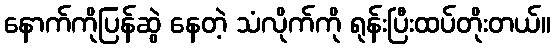
နောက်ကိုပြန်ဆွဲ နေတဲ့ သံလိုက်ကို ရုန်းပြီးထပ်တိုးတယ်။